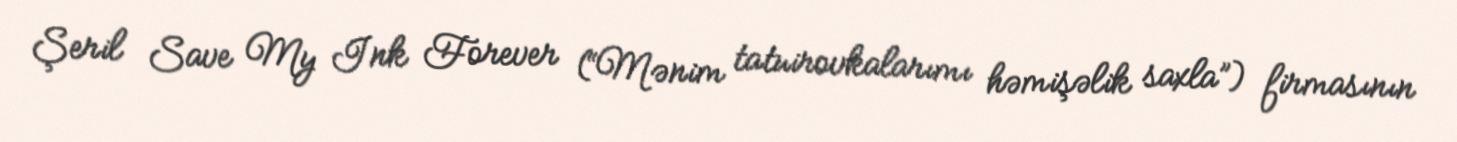
Şeril Save My Ink Forever (“Mənim tatuirovkalarımı həmişəlik saxla”) firmasının